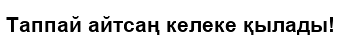
Таппай айтсаң келеке қылады!